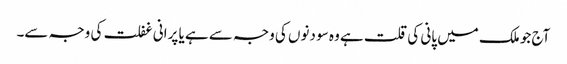
آج جو ملک میں پانی کی قلت ہے وہ سو دنوں کی وجہ سے ہے یا پرانی غفلت کی وجہ سے۔